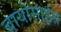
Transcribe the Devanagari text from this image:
बायोसाइंस